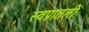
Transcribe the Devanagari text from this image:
स्वप्नातली